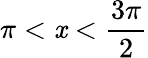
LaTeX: \pi<\mathit{x}<{\frac{{3\pi}}{{2}}}